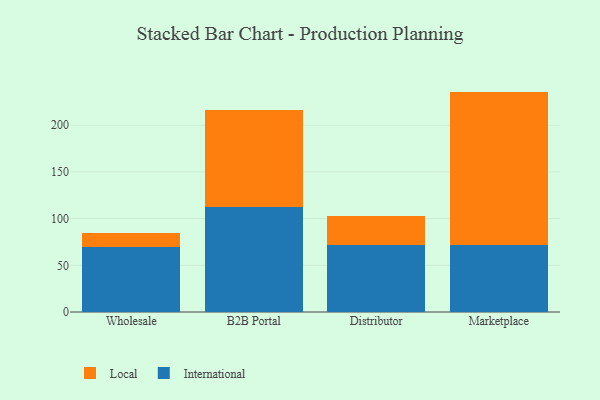
{"axis": {"x": "Channel", "y": "Churn Rate (%)"}, "legend": ["International", "Local"], "data": [{"x": "Wholesale", "y": 69.9, "type": "International"}, {"x": "Wholesale", "y": 14.6, "type": "Local"}, {"x": "B2B Portal", "y": 112.2, "type": "International"}, {"x": "B2B Portal", "y": 104.1, "type": "Local"}, {"x": "Distributor", "y": 71.3, "type": "International"}, {"x": "Distributor", "y": 31.8, "type": "Local"}, {"x": "Marketplace", "y": 71.5, "type": "International"}, {"x": "Marketplace", "y": 164.5, "type": "Local"}]}